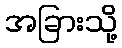
အခြားသို့